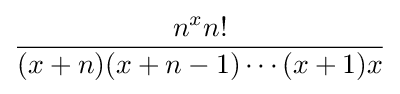
{\frac {n^{x}n!}{(x+n)(x+n-1)\cdots (x+1)x}}